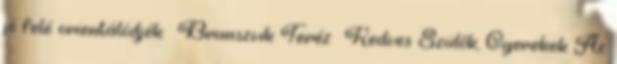
jó felé orientálódjék. Brunszvik Teréz Kedves Szülők, Gyerekek Az